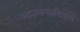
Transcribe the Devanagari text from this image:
आंतकवादियोंमैं